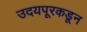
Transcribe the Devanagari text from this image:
उदयपूरकडून